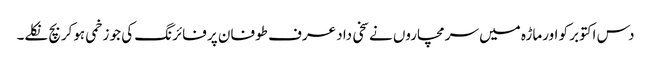
دس اکتوبر کو اورماڑہ میں سرمچاروں نے سخی داد عرف طوفان پر فائرنگ کی جو زخمی ہوکربچ نکلے۔